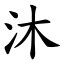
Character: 沐